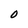
Character: 0